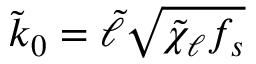
\tilde { k } _ { 0 } = \tilde { \ell } \sqrt { \tilde { \chi } _ { \ell } f _ { s } }